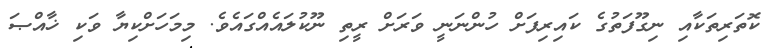
ކޮތަރިތަކާއި ނިގޫފަތުގެ ކައިރިފަށް ހުންނަނީ ވަރަށް ރީތި ނޫކުލައެއްގައެވެ. މިމަހަށްކިޔާ ވަކި ޚާއްޞަ